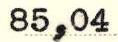
85,04